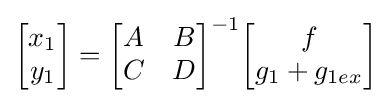
{\begin{bmatrix}x_{1}\\y_{1}\end{bmatrix}}={\begin{bmatrix}A&B\\C&D\end{bmatrix}}^{-1}{\begin{bmatrix}f\\g_{1}+g_{1ex}\end{bmatrix}}